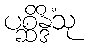
ပစ္ဆိန္ဒိံသု